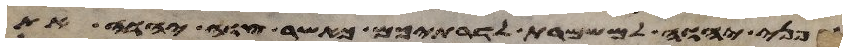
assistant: לפני יהוה למשמרת לדרתיכם כאשר צוה יהוה את